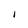
Character: i